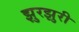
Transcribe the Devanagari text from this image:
झुरझुरी